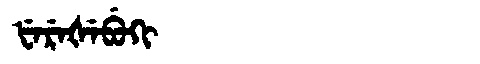
Manchu: ᡶᡝᡵᡝᡧᡝᠪᡠᡴᡳ
Romanization: FEREŠEBUKI